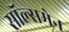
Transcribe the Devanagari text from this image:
सॉल्समेन